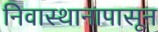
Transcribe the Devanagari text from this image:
निवास्थानापासून